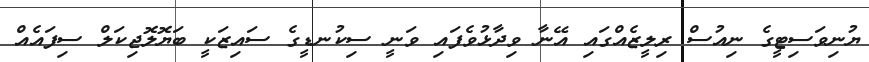
ޔުނިވަސިޓީގެ ނިއުސް ރިލީޒެއްގައި އޭނާ ވިދާޅުވެފައި ވަނީ ސިކުނޑީގެ ސައިޒަކީ ބަޔޮލޮޖިކަލް ސިފައެއް